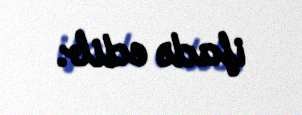
ifadə edib.